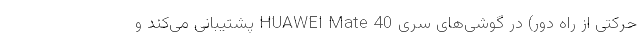
حرکتی از راه دور) در گوشی‌های سری HUAWEI Mate 40 پشتیبانی می‌کند و